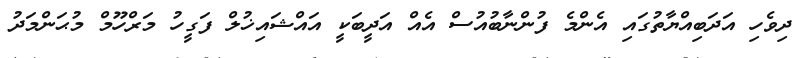
ދިވެހި އަދަބިއްޔާތުގައި އެންމެ ފުންނާބުއުސް އެއް އަދީބަކީ އައްޝައިޚުލް ފަގީހު މަރްހޫމް މުޙަންމަދު